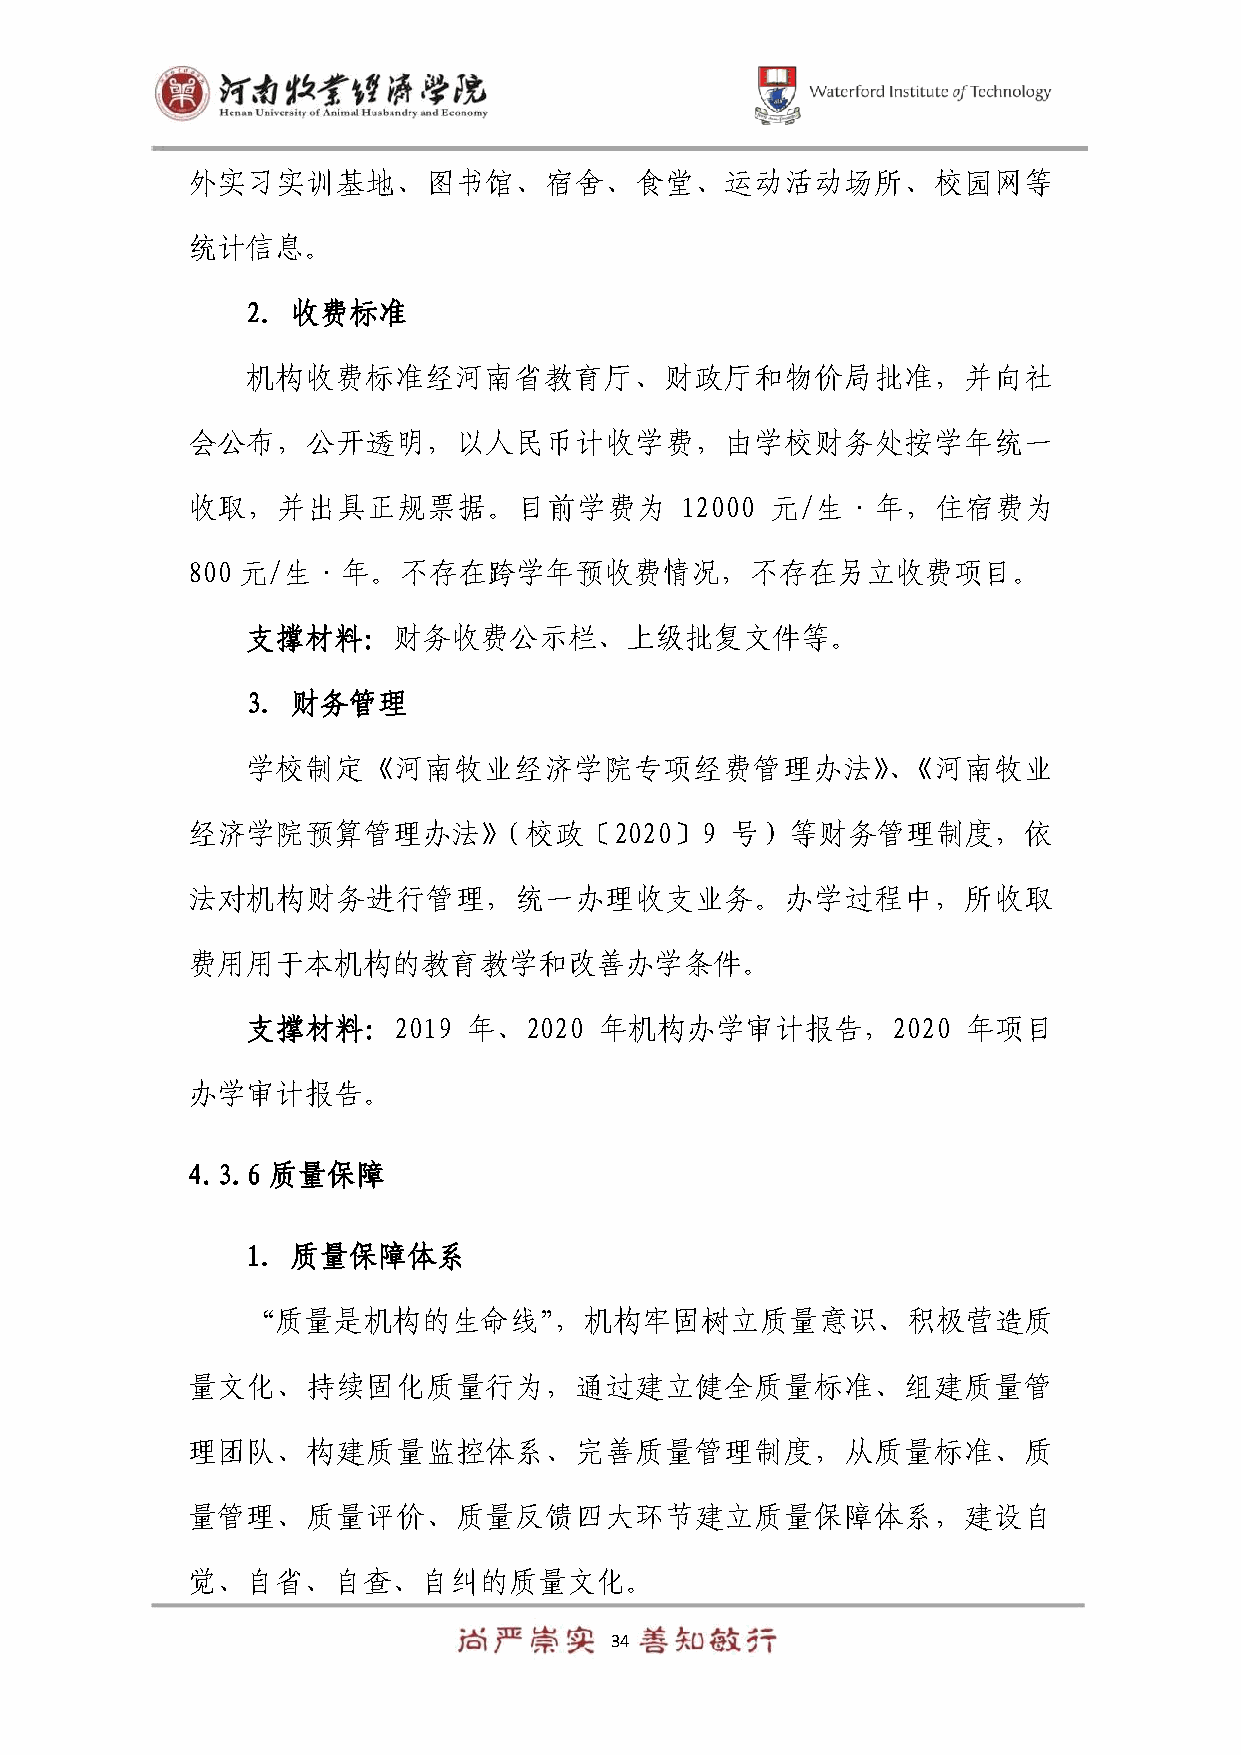
外实习实训基地、图书馆、宿舍、食堂、运动活动场所、校园网等
 统计信息。
 2. 收费标准
 机构收费标准经河南省教育厅、财政厅和物价局批准，并向社
 会公布，公开透明，以人民币计收学费，由学校财务处按学年统一
 收取，并出具正规票据。目前学费为                 12000 元/生·年，住宿费为
 800 元/生·年。不存在跨学年预收费情况，不存在另立收费项目。
 支撑材料：财务收费公示栏、上级批复文件等。
 3. 财务管理
 学校制定《河南牧业经济学院专项经费管理办法》、《河南牧业
 经济学院预算管理办法》（校政〔2020〕9               号）等财务管理制度，依
 法对机构财务进行管理，统一办理收支业务。办学过程中，所收取
 费用用于本机构的教育教学和改善办学条件。
 支撑材料：2019      年、2020   年机构办学审计报告，2020          年项目
 办学审计报告。
 4.3.6 质量保障
 1. 质量保障体系
 “质量是机构的生命线”，机构牢固树立质量意识、积极营造质
 量文化、持续固化质量行为，通过建立健全质量标准、组建质量管
 理团队、构建质量监控体系、完善质量管理制度，从质量标准、质
 量管理、质量评价、质量反馈四大环节建立质量保障体系，建设自
 觉、自省、自查、自纠的质量文化。
 34